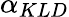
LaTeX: \alpha_{KLD}